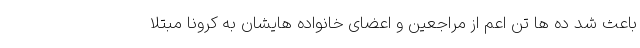
باعث شد ده ها تن اعم از مراجعین و اعضای خانواده هایشان به کرونا مبتلا